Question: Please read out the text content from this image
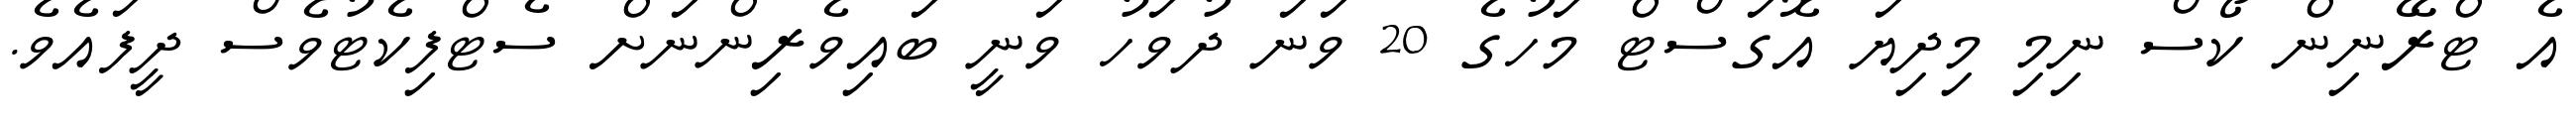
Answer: އެ ޓްރޭނިން ކޯސް ނިމި މިދިޔަ އޮގަސްޓް މަހުގެ 20 ވަނަ ދުވަހު ވަނީ ބައިވެރިންނަށް ސެޓްފިކެޓުވެސް ދީފައެވެ.